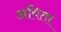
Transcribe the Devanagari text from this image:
अविता